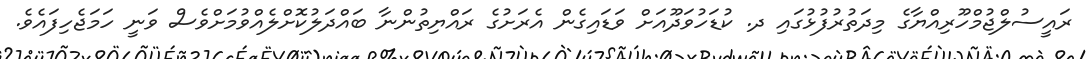
ރައީސުލްޖުމްހޫރިއްޔާގެ މިދަތުރުފުޅުގައި ދ. ކުޑަހުވަދޫއަށް ވަޑައިގެން އެރަށުގެ ރައްޔިތުންނާ ބައްދަލުކޮށްލެއްވުމަށްވެސް ވަނީ ހަމަޖެހިފައެވެ.